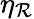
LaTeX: \eta_{\mathcal{R}}